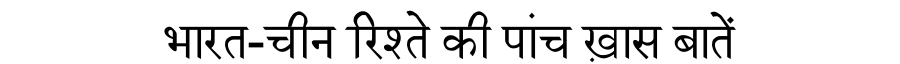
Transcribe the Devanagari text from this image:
भारत-चीन रिश्ते की पांच ख़ास बातें